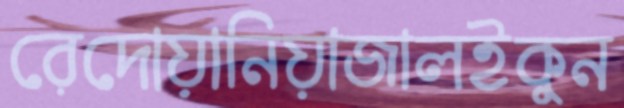
রেদোয়ানিয়াজালইকুন